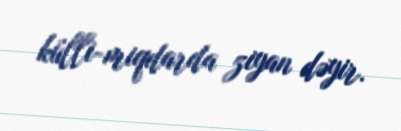
külli-miqdarda ziyan dəyir.